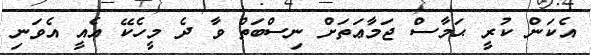
އެކަން ކުރީ ޙަމާސް ޖަމާޢަތަށް ނިސްބަތް ވާ ދެ މީހެކޭ އެއީ އެވަނި